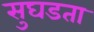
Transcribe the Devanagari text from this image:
सुघडता